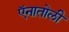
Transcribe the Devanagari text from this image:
ऍनातोली